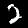
Digit: 2